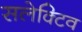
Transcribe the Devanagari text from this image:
सलेक्टिव